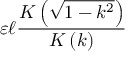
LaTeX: \varepsilon \ell { \frac { K \left( { \sqrt { 1 - k ^ { 2 } } } \right) } { K \left( k \right) } }